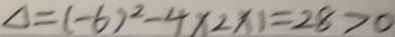
\Delta = ( - 6 ) ^ { 2 } - 4 \times 2 \times 1 = 2 8 > 0